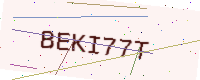
Text: BEKI77T